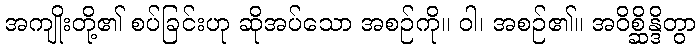
အကျိုးတို့၏ စပ်ခြင်းဟု ဆိုအပ်သော အစဉ်ကို။ ဝါ၊ အစဉ်၏။ အဝိစ္ဆိန္ဒိတွာ